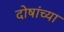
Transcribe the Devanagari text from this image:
दोषांच्या